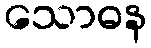
သောဓန